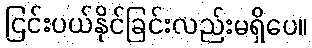
ငြင်းပယ်နိုင်ခြင်းလည်းမရှိပေ။